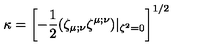
\kappa = \left[ - { \frac { 1 } { 2 } } ( \zeta _ { \mu ; \nu } \zeta ^ { \mu ; \nu } ) | _ { \zeta ^ { 2 } = 0 } \right] ^ { 1 / 2 }